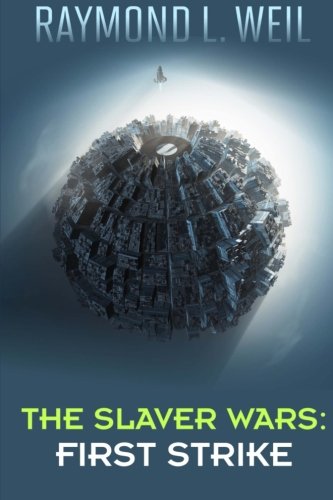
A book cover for The Slaver Wars: First Strike: The Slaver Wars Book Four; Raymond L. Weil; Science Fiction & Fantasy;